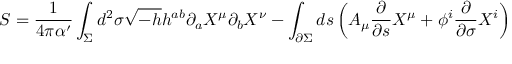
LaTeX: S = \frac { 1 } { 4 \pi \alpha ^ { \prime } } \int _ { \Sigma } d ^ { 2 } \sigma \sqrt { - h } h ^ { a b } \partial _ { a } X ^ { \mu } \partial _ { b } X ^ { \nu } - \int _ { \partial \Sigma } d s \left( A _ { \mu } \frac { \partial } { \partial s } X ^ { \mu } + \phi ^ { i } \frac { \partial } { \partial \sigma } X ^ { i } \right)